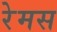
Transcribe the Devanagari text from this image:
रेमस